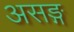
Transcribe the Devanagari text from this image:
असङ्ग